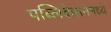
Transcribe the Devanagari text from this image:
पब्लिकेशनमध्ये